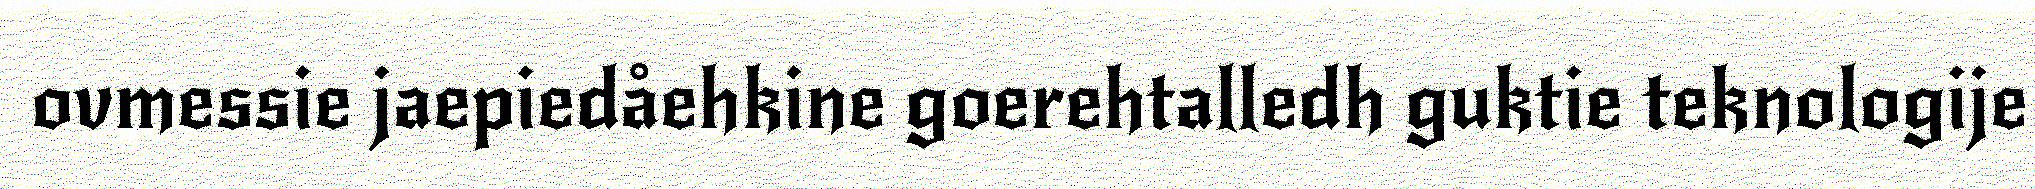
ovmessie jaepiedåehkine goerehtalledh guktie teknologije